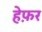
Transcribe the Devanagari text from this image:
हेफ़र